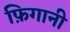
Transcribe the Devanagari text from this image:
फ़िगानी